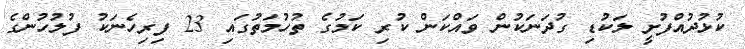
ކުޅުދުއްފުށީ ލަކުޑި ގުދަނަކުން ވައްކަން ކުރި ކަމުގެ ތުހުމަތުގައި 23 ފިރިހެނަކު ފުލުހުންގެ